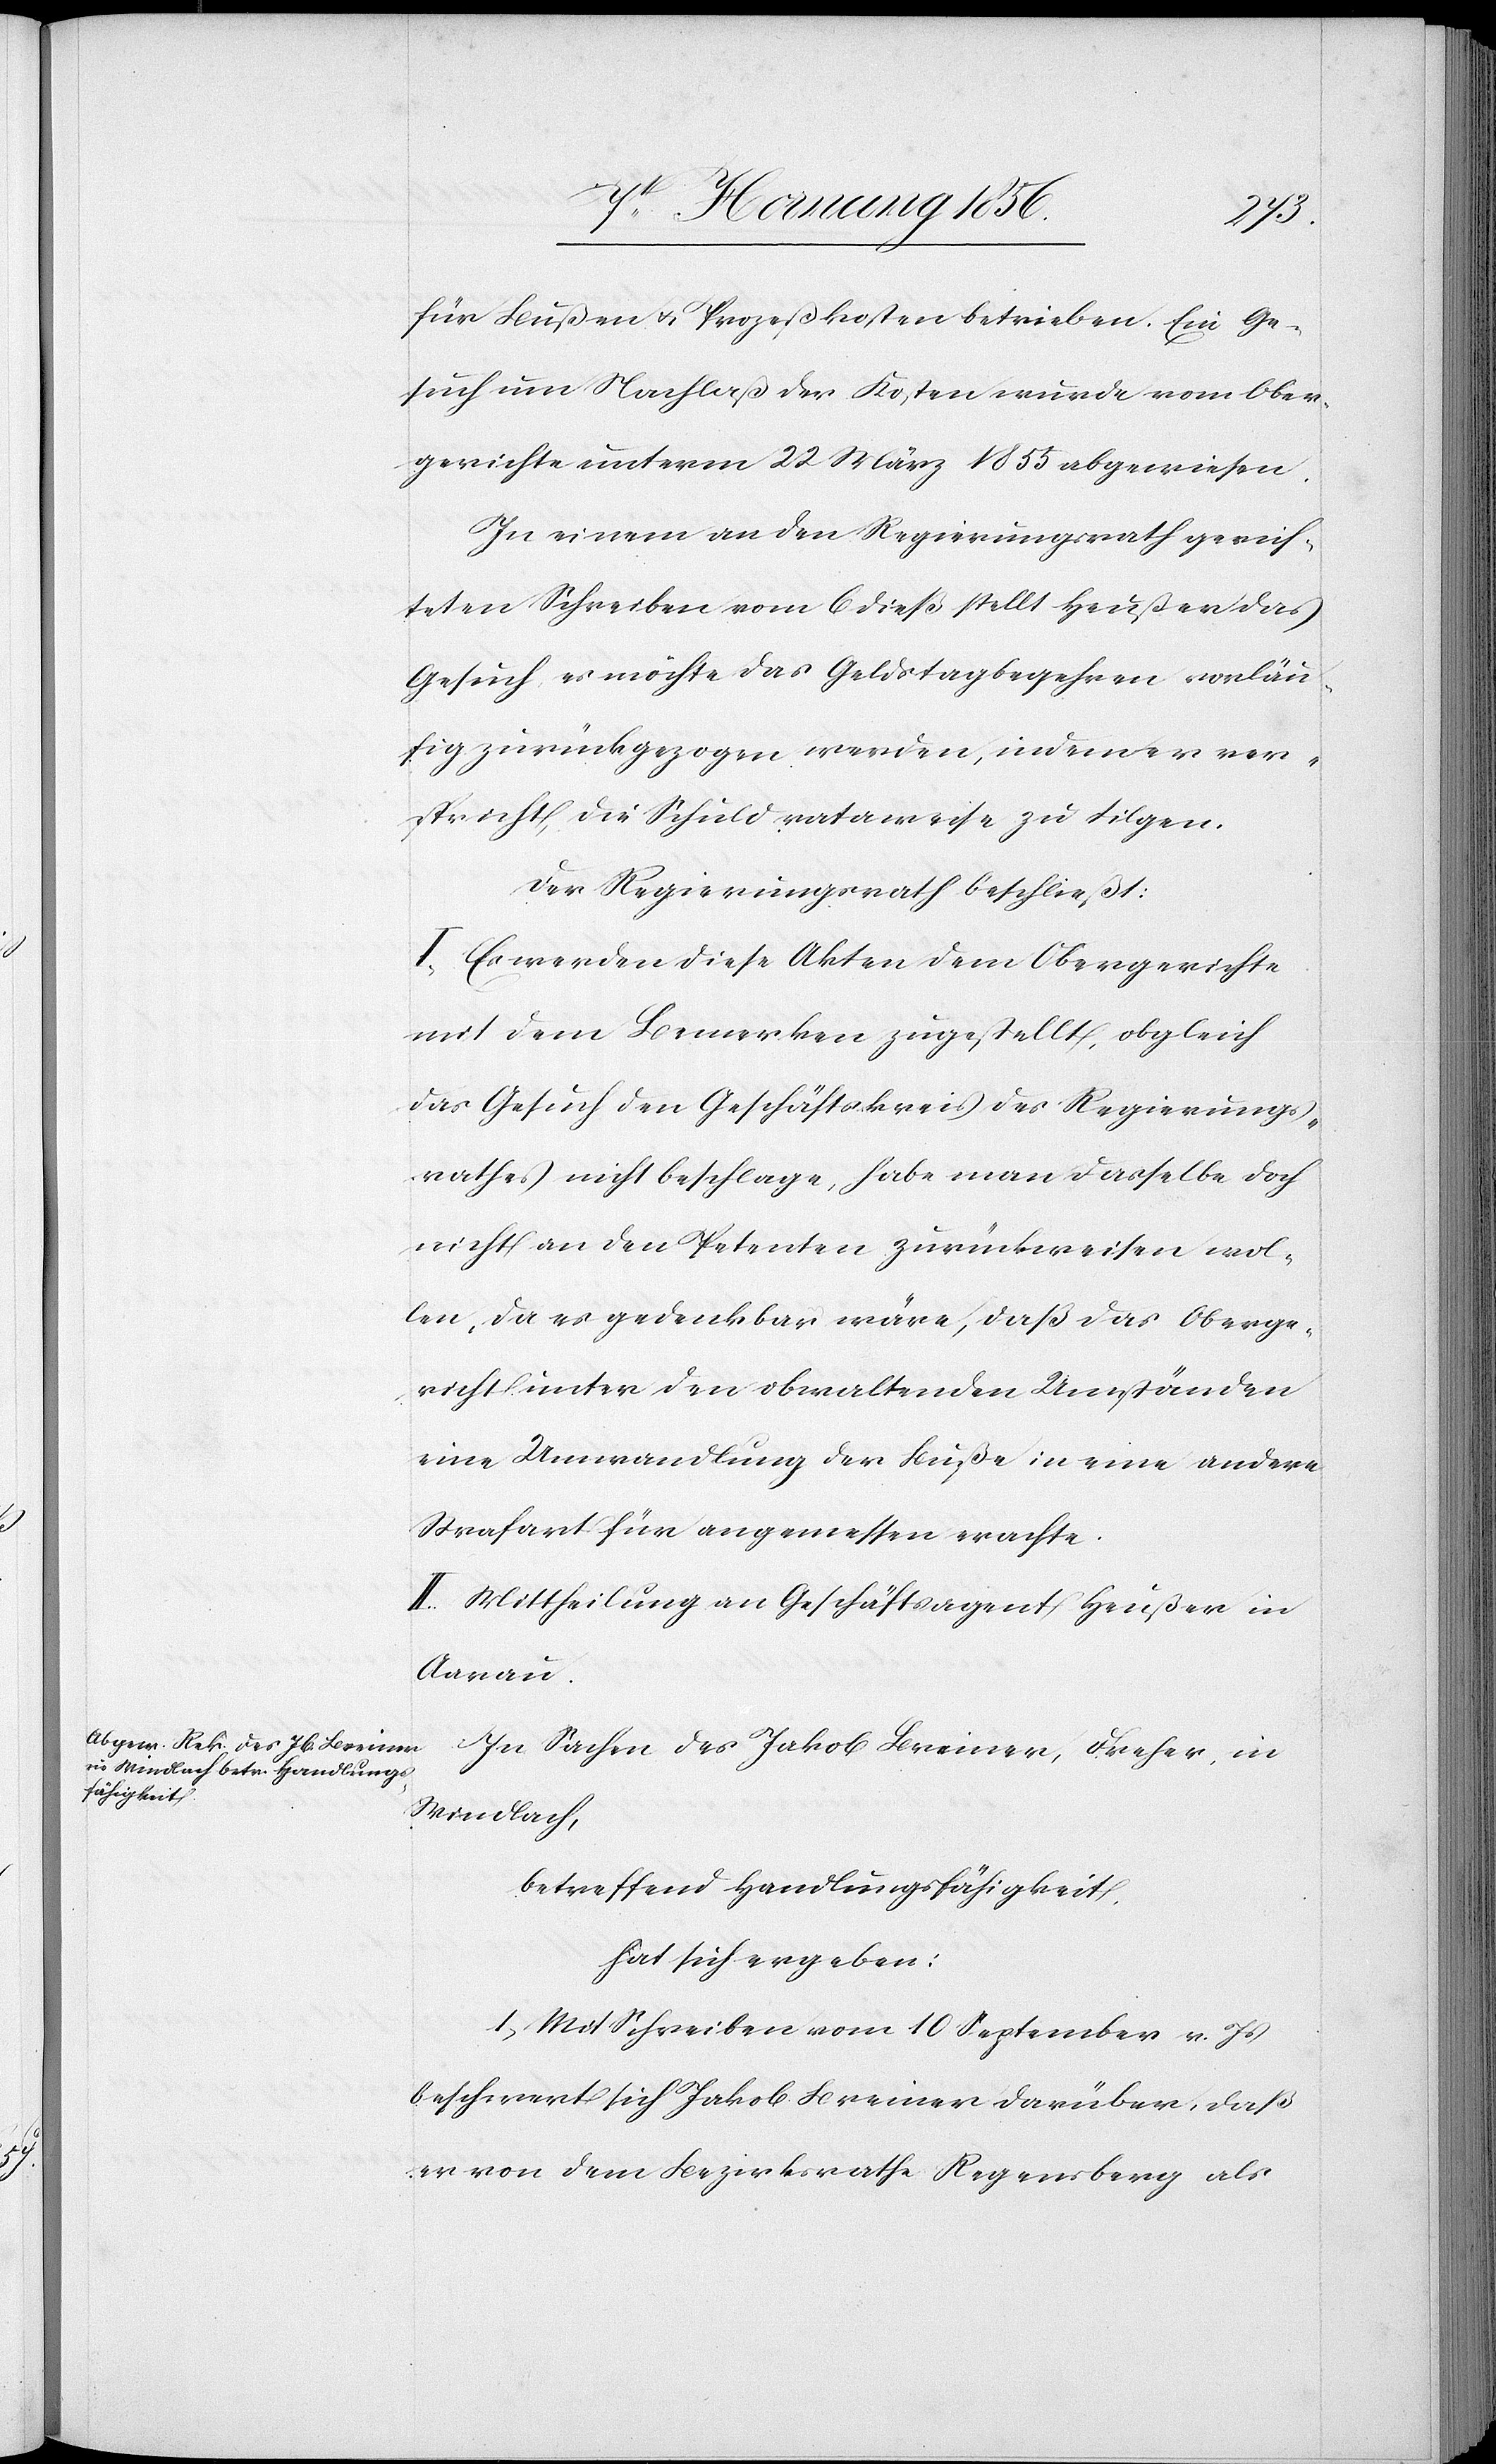
für Bußen u. Prozeßkosten betrieben. Ein Ge¬
such um Nachlaß der Kosten wurde vom Ober¬
gerichte unterm 22 März 1855 abgewiesen.
In einem an den Regierungsrath gerich¬
teten Schreiben vom 6 dieß stellt Heußer das
Gesuch es möchte das Geldstagbegehren vorläu¬
fig zurückgezogen werden, indem er ver¬
spricht, die Schuld rataweise zu tilgen.
Der Regierungsrath beschließt:
I. Es werden diese Akten dem Obergerichte
mit dem Bemerken zugestellt, obgleich
das Gesuch den Geschäftskreis des Regierungs¬
rathes nicht beschlage, habe man dasselbe doch
nicht an den Petenten zurückreichen wol¬
len, da es gedenkbar wäre, daß das Oberge¬
richt unter den obwaltenden Umständen
ein Umwandlung der Buße in eine andere
Strafart für angemessen erachte.
II. Mittheilung an Geschäftsagent Heußer in
Aarau.
In Sachen des Jakob Breiner, Dreher, in
Windlach,
betreffend Handlungsfähigkeit,
hat sich ergeben:
1., Mit Schreiben vom 10 September v. Js
beschwert sich Jakob Breiner darüber, daß
er von dem Bezirksrathe Regensberg als